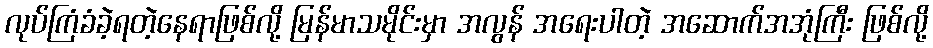
လုပ်ကြံခံခဲ့ရတဲ့နေရာဖြစ်လို့ မြန်မာသမိုင်းမှာ အလွန် အရေးပါတဲ့ အဆောက်အအုံကြီး ဖြစ်လို့